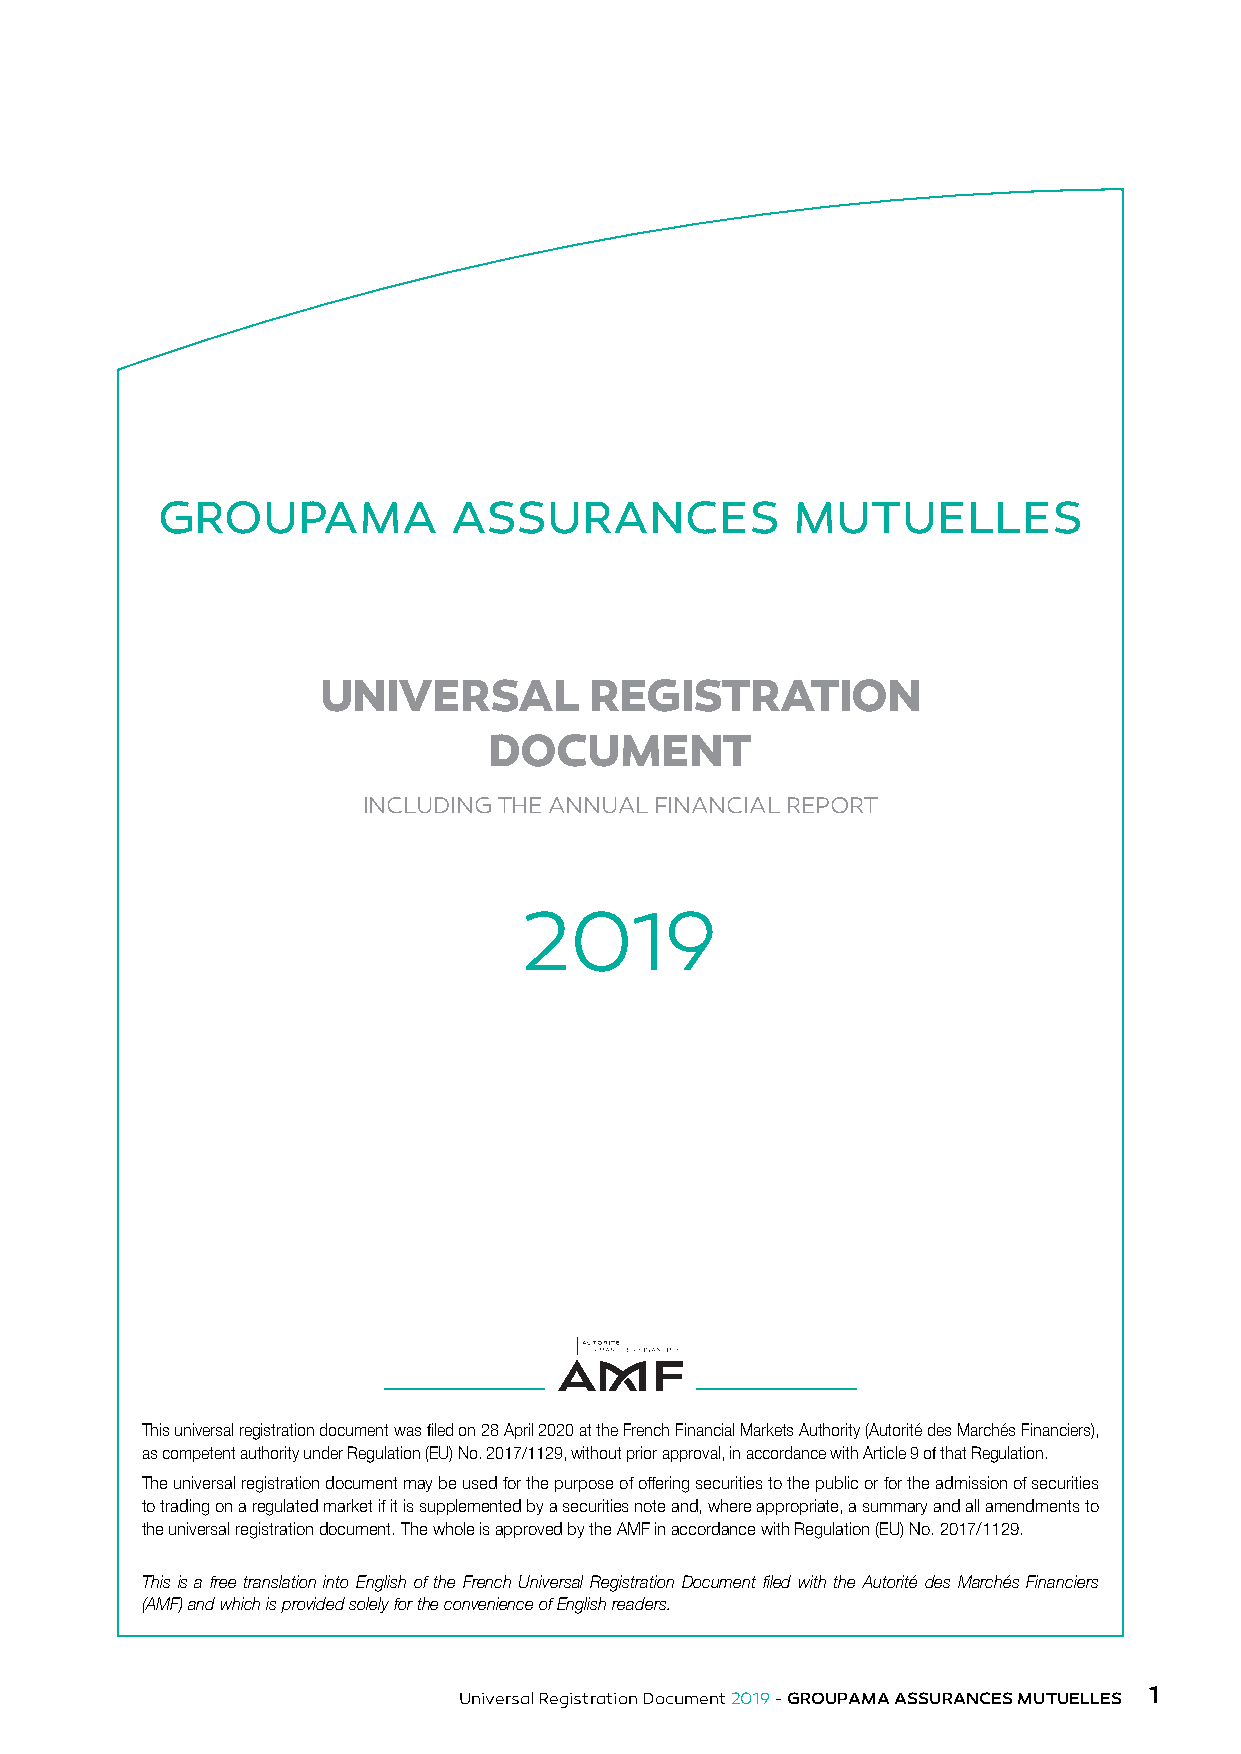
GROUPAMA            ASSURANCES            MUTUELLES
 UNIVERSAL         REGISTRATION
 DOCUMENT
 INCLUDING THE ANNUAL FINANCIAL REPORT
 2019
 This universal registration document was filed on 28 April 2020 at the French Financial Markets Authority (Autorité des Marchés Financiers),
 as competent authority under Regulation (EU) No. 2017/1129, without prior approval, in accordance with Article 9 of that Regulation.
 The universal registration document may be used for the purpose of offering securities to the public or for the admission of securities
 to trading on a regulated market if it is supplemented by a securities note and, where appropriate, a summary and all amendments to
 the universal registration document. The whole is approved by the AMF in accordance with Regulation (EU) No. 2017/1129.
 This is a free translation into English of the French Universal Registration Document filed with the Autorité des Marchés Financiers
 (AMF) and which is provided solely for the convenience of English readers.
 1
 Universal Registration Document 2019 - GROUPAMA ASSURANCES MUTUELLES